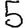
Digit: 5